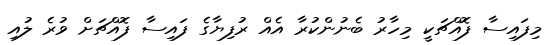
މިފައިސާ ފޮއްޗަކީ މިހާރު ބެނުންކުރާ އެއް ރުފިޔާގެ ފައިސާ ފޮއްޗަށް ވުރެ ލުއި